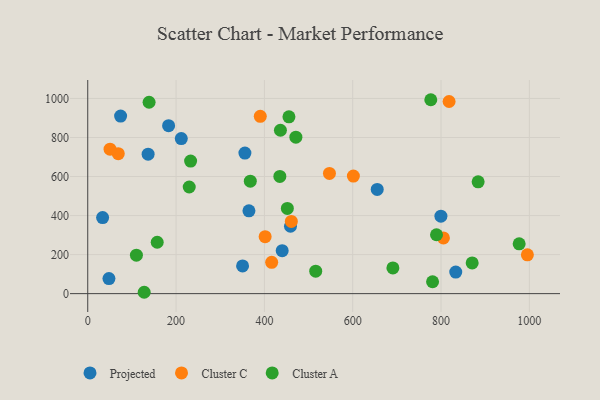
{"axis": {"x": "Study Hours", "y": "Salary"}, "legend": ["Cluster A", "Cluster C", "Projected"], "data": [{"x": "136.7", "y": 714.7, "type": "Projected"}, {"x": "48.0", "y": 77.3, "type": "Projected"}, {"x": "355.9", "y": 720.2, "type": "Projected"}, {"x": "459.1", "y": 345.2, "type": "Projected"}, {"x": "440.3", "y": 219.9, "type": "Projected"}, {"x": "74.4", "y": 909.6, "type": "Projected"}, {"x": "211.8", "y": 794.4, "type": "Projected"}, {"x": "183.1", "y": 860.3, "type": "Projected"}, {"x": "833.3", "y": 110.3, "type": "Projected"}, {"x": "799.7", "y": 397.0, "type": "Projected"}, {"x": "365.0", "y": 424.1, "type": "Projected"}, {"x": "350.6", "y": 141.9, "type": "Projected"}, {"x": "33.7", "y": 389.6, "type": "Projected"}, {"x": "655.5", "y": 533.8, "type": "Projected"}, {"x": "461.0", "y": 370.0, "type": "Cluster C"}, {"x": "69.1", "y": 717.0, "type": "Cluster C"}, {"x": "818.2", "y": 984.5, "type": "Cluster C"}, {"x": "50.5", "y": 740.3, "type": "Cluster C"}, {"x": "601.5", "y": 602.3, "type": "Cluster C"}, {"x": "390.7", "y": 908.3, "type": "Cluster C"}, {"x": "995.5", "y": 199.0, "type": "Cluster C"}, {"x": "401.7", "y": 292.0, "type": "Cluster C"}, {"x": "547.3", "y": 615.7, "type": "Cluster C"}, {"x": "416.5", "y": 160.7, "type": "Cluster C"}, {"x": "805.4", "y": 285.4, "type": "Cluster C"}, {"x": "870.5", "y": 157.2, "type": "Cluster A"}, {"x": "138.9", "y": 980.5, "type": "Cluster A"}, {"x": "435.0", "y": 600.6, "type": "Cluster A"}, {"x": "976.9", "y": 255.2, "type": "Cluster A"}, {"x": "780.8", "y": 61.0, "type": "Cluster A"}, {"x": "436.3", "y": 837.0, "type": "Cluster A"}, {"x": "776.8", "y": 993.5, "type": "Cluster A"}, {"x": "516.2", "y": 115.0, "type": "Cluster A"}, {"x": "110.2", "y": 197.1, "type": "Cluster A"}, {"x": "229.8", "y": 546.4, "type": "Cluster A"}, {"x": "691.0", "y": 132.0, "type": "Cluster A"}, {"x": "455.6", "y": 905.8, "type": "Cluster A"}, {"x": "232.9", "y": 679.4, "type": "Cluster A"}, {"x": "884.0", "y": 573.1, "type": "Cluster A"}, {"x": "471.3", "y": 801.4, "type": "Cluster A"}, {"x": "452.0", "y": 436.5, "type": "Cluster A"}, {"x": "789.7", "y": 301.8, "type": "Cluster A"}, {"x": "368.1", "y": 576.3, "type": "Cluster A"}, {"x": "127.8", "y": 7.0, "type": "Cluster A"}, {"x": "157.3", "y": 263.4, "type": "Cluster A"}]}